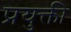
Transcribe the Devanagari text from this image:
प्रयुक्ती